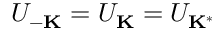
U _ { \mathbf { - K } } = U _ { \mathbf { K } } = U _ { \mathbf { K } ^ { \ast } }